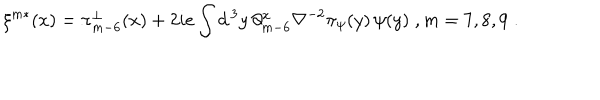
LaTeX: \xi ^ { m * } ( x ) = \pi _ { m - 6 } ^ { \perp } ( x ) + 2 i e \int d ^ { \, 3 } y \, \partial _ { m - 6 } ^ { x } \nabla ^ { - 2 } \pi _ { \psi } ( y ) \, \psi ( y ) \; , m = 7 , 8 , 9 \; .